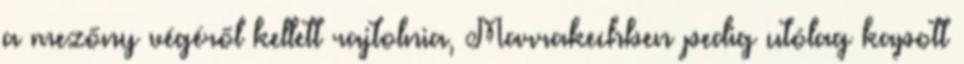
a mezőny végéről kellett rajtolnia, Marrakechben pedig utólag kapott